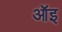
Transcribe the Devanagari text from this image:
ऑइ